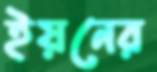
ইয়নের